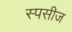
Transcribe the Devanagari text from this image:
स्पसीज